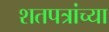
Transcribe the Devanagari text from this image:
शतपत्रांच्या